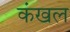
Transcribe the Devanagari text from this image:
कंखल